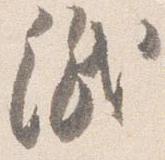
紙